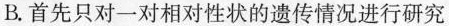
B.首先只对一对相对性状的遗传情况进行研究